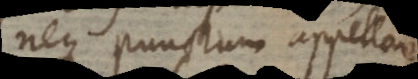
neque punctum appellare